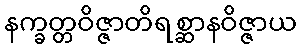
နက္ခတ္တဝိဇ္ဇာတိရစ္ဆာနဝိဇ္ဇာယ